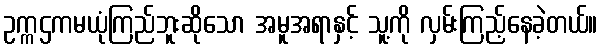
ဥက္ကဌကမယုံကြည်ဘူးဆိုသော အမူအရာနှင့် သူ့ကို လှမ်းကြည့်နေခဲ့တယ်။